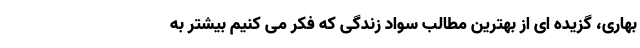
بهاری، گزیده ای از بهترین مطالب سواد زندگی که فکر می کنیم بیشتر به